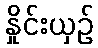
နှိုင်းယှဉ်